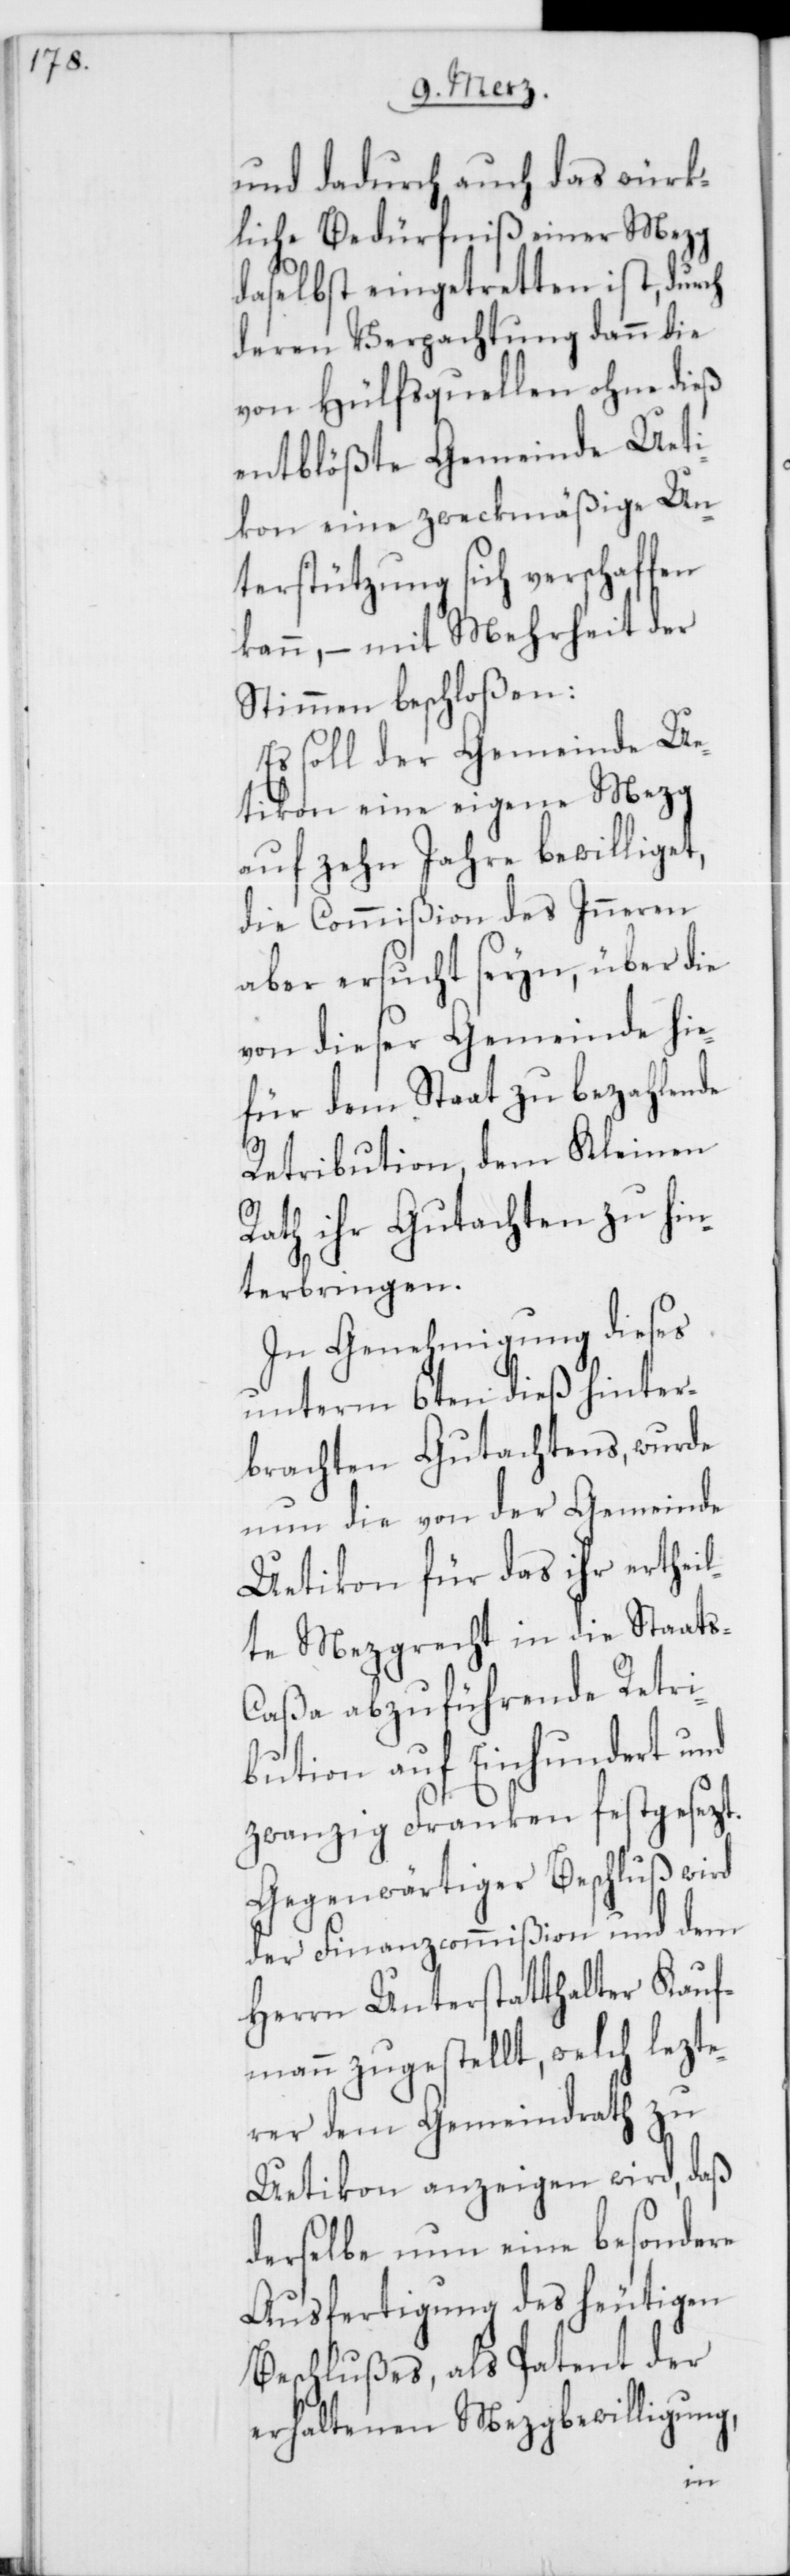
und dadurch auch das würk¬
liche Bedürfniß einer Mezg
daselbst eingetretten ist, durch
deren Verpachtung dann die
von Hülfsquellen ohne dieß
entblößte Gemeinde Ueti¬
kon eine zweckmäßige Un¬
terstützung sich verschaffen
kann, – mit Mehrheit der
Stimmen beschloßen:
Es soll der Gemeinde Ue¬
tikon eine eigene Mezg
auf zehn Jahre bewilliget,
die Commißion des Inneren
aber ersucht seyn, über die
von dieser Gemeinde hie¬
für dem Staat zu bezahlende
Retribution, dem Kleinen
Rath ihr Gutachten zu hin¬
terbringen.
In Genehmigung dieses
unterm 6ten dieß hinter¬
brachten Gutachtens, wurde
nun die von der Gemeinde
Uetikon für das ihr erthei¬
lte Mezgrecht in die Staat¬
s-Caßa abzuführende Retri¬
bution auf Einhundert und
zwanzig Franken festgesezt.
Gegenwärtiger Beschluß wird
der Finanzcommißion und dem
Herrn Unterstatthalter Kauf¬
mann zugestellt, welch lezte¬
rer dem Gemeindrath zu
Uetikon anzeigen wird, daß
derselbe nun eine besondere
Ausfertigung des heutigen
Beschlußes, als Patent der
erhaltenen Metzgbewilligung,